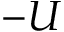
- U